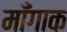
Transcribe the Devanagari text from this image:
माँगाक